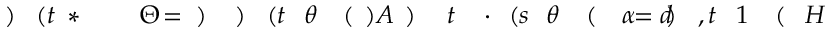
\! \! \! \! \! \! \! \! \! \! \! H \! \! \! \! \! \! \! \! \! \! \! \! ( \! \! \! \! \! \! \! \! \! \! \! \! 1 \! \! \! \! \! \! \! \! \! \! \! \! , t \! \! \! \! \! \! \! \! \! \! \! \! ) \! \! \! \! \! \! \! \! \! \! \! \! = d \! \! \! \! \! \! \! \! \! \! \! \! \alpha \! \! \! \! \! \! \! \! \! \! \! \! ( \! \! \! \! \! \! \! \! \! \! \! \! \theta \! \! \! \! \! \! \! \! \! \! \! \! ( s \! \! \! \! \! \! \! \! \! \! \! \! \cdot \! \! \! \! \! \! \! \! \! \! \! \! t \! \! \! \! \! \! \! \! \! \! \! \! ) \! \! \! \! \! \! \! \! \! \! \! \! ) A \! \! \! \! \! \! \! \! \! \! \! \! ( \! \! \! \! \! \! \! \! \! \! \! \! \theta \! \! \! \! \! \! \! \! \! \! \! \! ( t \! \! \! \! \! \! \! \! \! \! \! \! ) \! \! \! \! \! \! \! \! \! \! \! \! ) \! \! \! \! \! \! \! \! \! \! \! \! = \! \! \! \! \! \! \! \! \! \! \! \! \Theta \! \! \! \! \! \! \! \! \! \! \! \! ^ { \! } \! \! \! \! \! \! \! \! \! \! \! * \! \! \! \! \! \! \! \! \! \! \! \! ( t \! \! \! \! \! \! \! \! \! \! \! \! ) \! \! \! \! \! \! \! \! \! \! \!